Malaria in the Punjab - Number 46
Disease focus: Malaria
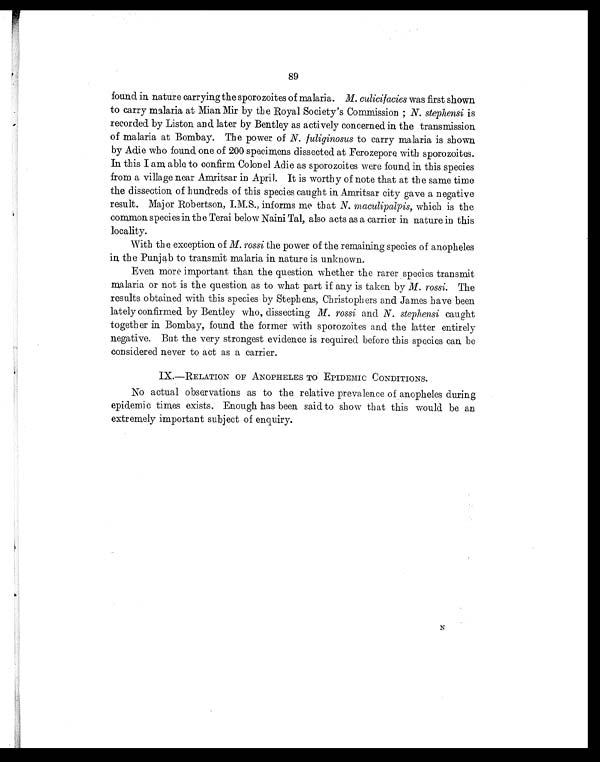
89
found in nature carrying the sporozoites of malaria. M. culicifacies was first shown
to carry malaria at Mian Mir by the Royal Society's Commission N. stephensi is
recorded by Liston and later by Bentley as actively concerned in the transmission
of malaria at Bombay. The power of N. fuliginosus to carry malaria is shown
by Adie who found one of 200 specimens dissected at Ferozeporo with sporozoites.
In this I am able to confirm Colonel Adie as sporozoites were found in this species
from a village near Amritsar in April. It is worthy of note that at the same time
the dissection of hundreds of this species caught in Amritsar city gave a negative
result. Major Robertson, I.M.S., informs me that N. maculipalpis, which is the
common species in the Terai below Naini Tal, also acts as a carrier in nature in this
locality.
With the exception of M. rossi the power of the remaining species of anopheles
in the Punjab to transmit malaria in nature is unknown.
Even more important than the question whether the rarer species transmit
malaria or not is the question as to what part if any is taken by M. rossi. The
results obtained with this species by Stephens, Christophers and James have been
lately confirmed by Bentley who, dissecting M. rossi and N. stephensi caught
together in Bombay, found the former with sporozoites and the latter entirely
negative. But the very strongest evidence is required before this species can be
considered never to act as a carrier.
IX.-RELATION OF ANOPHELES TO EPIDEMIC CONDITIONS.
No actual observations as to the relative prevalence of anopheles during
epidemic times exists. Enough has been said to show that this would be an
extremely important subject of enquiry.
N